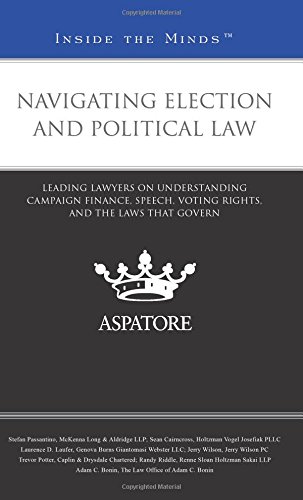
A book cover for Navigating Election and Political Law: Leading Lawyers on Understanding Campaign Finance, Speech, Voting Rights, and the Laws that Govern (Inside the Minds); Multiple Authors; Law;